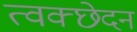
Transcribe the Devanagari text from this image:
त्वक्छेदन